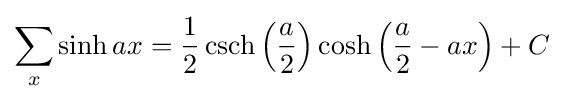
\sum _{x}\sinh ax={\frac {1}{2}}\operatorname {csch} \left({\frac {a}{2}}\right)\cosh \left({\frac {a}{2}}-ax\right)+C